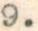
9.